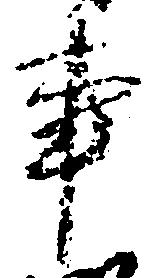
事